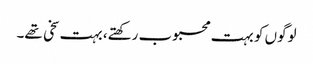
لوگوں کو بہت محبوب رکھتے، بہت سخی تھے۔